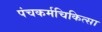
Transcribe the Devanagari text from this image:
पंचकर्मचिकित्सा